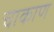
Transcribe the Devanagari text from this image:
चाकाण